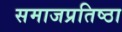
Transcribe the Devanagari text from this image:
समाजप्रतिष्ठा